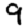
Digit: 9